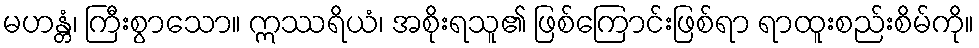
မဟန္တံ၊ ကြီးစွာသော။ ဣဿရိယံ၊ အစိုးရသူ၏ ဖြစ်ကြောင်းဖြစ်ရာ ရာထူးစည်းစိမ်ကို။